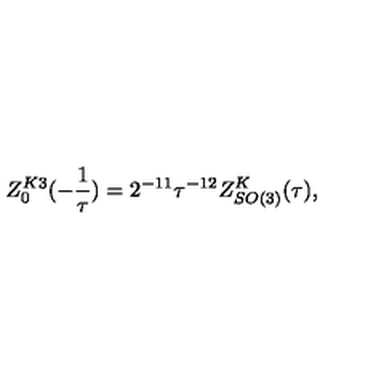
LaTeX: Z _ { 0 } ^ { K 3 } ( - \frac { 1 } { \tau } ) = 2 ^ { - 1 1 } \tau ^ { - 1 2 } Z _ { S O ( 3 ) } ^ { K } ( \tau ) ,